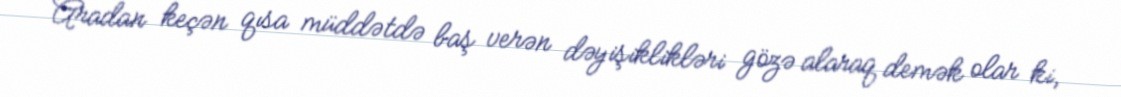
Aradan keçən qısa müddətdə baş verən dəyişiklikləri gözə alaraq demək olar ki,